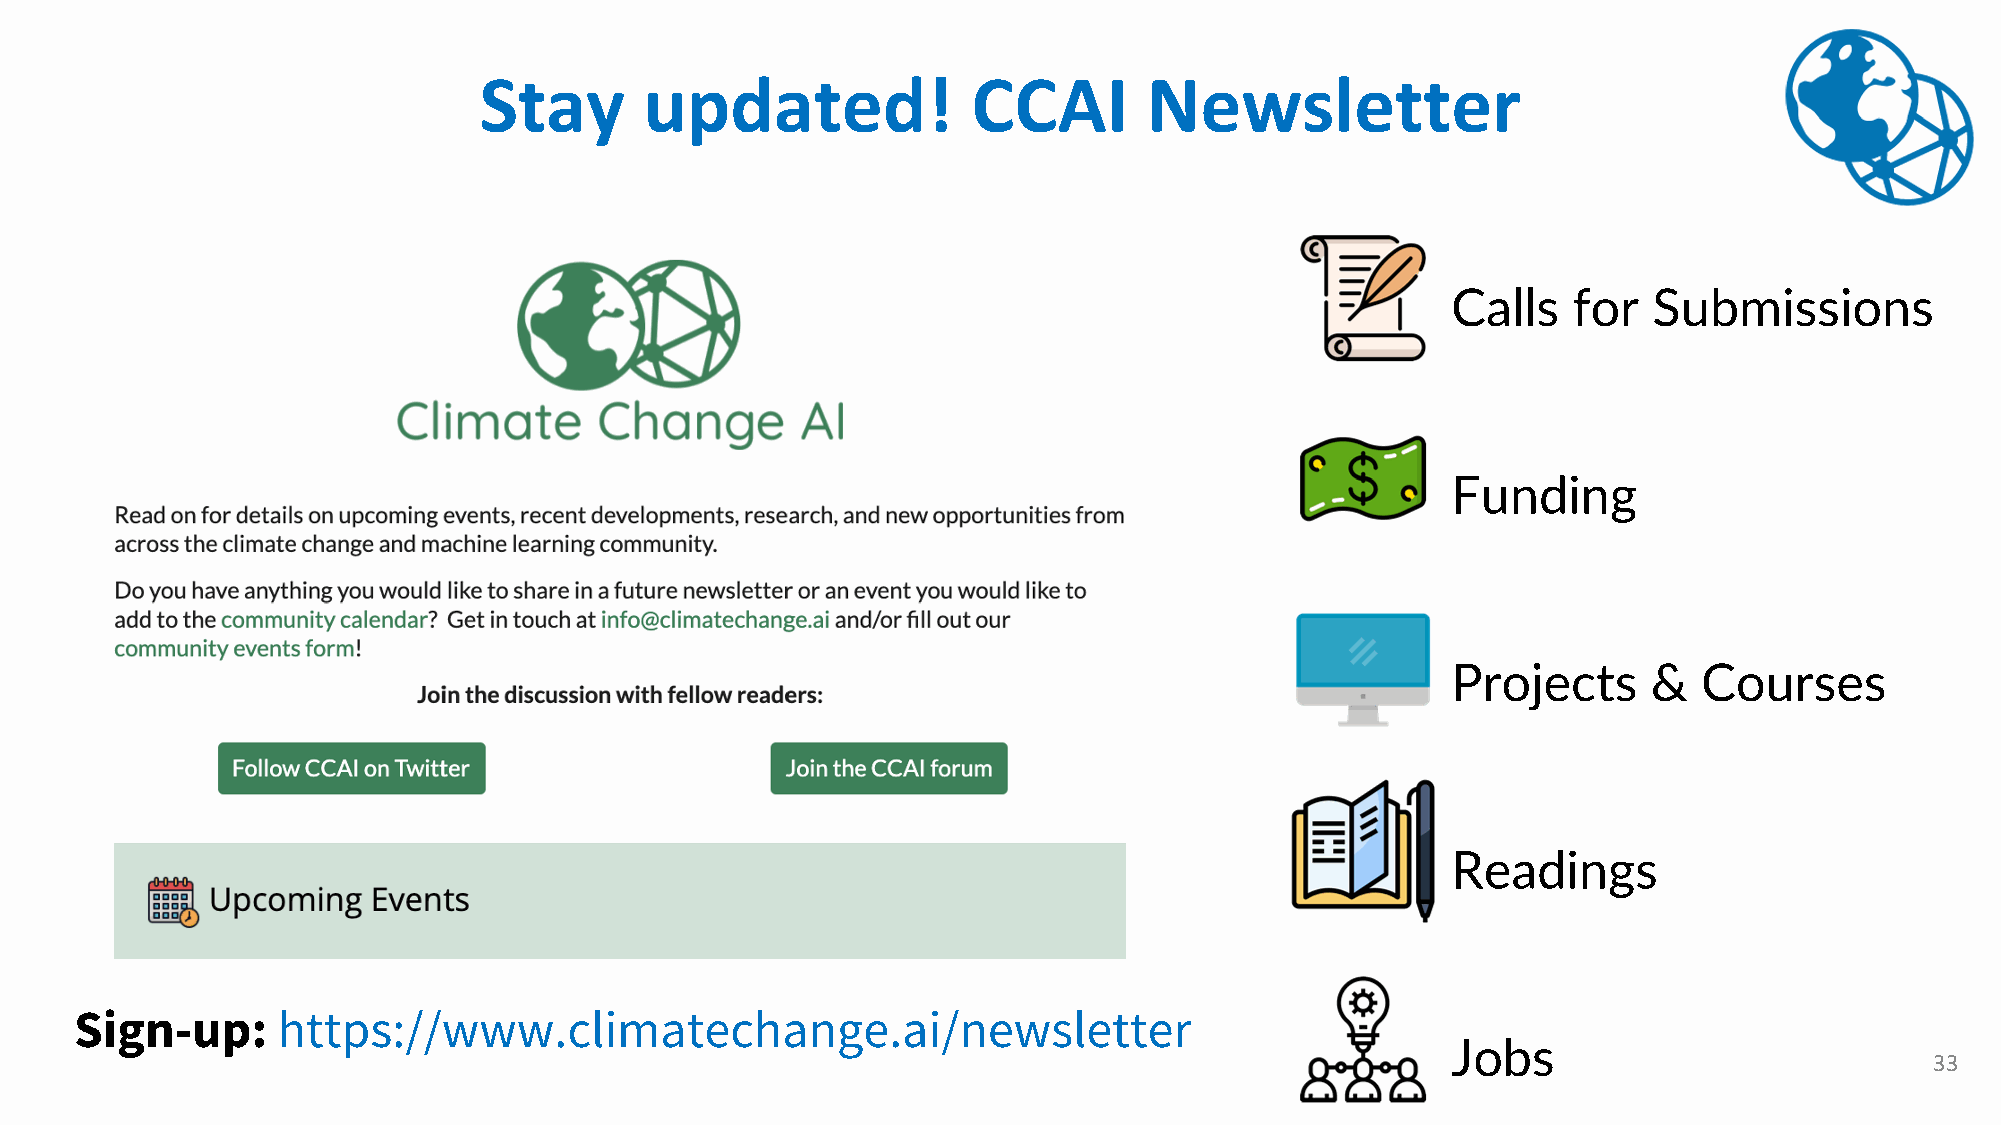
Stay       updated!             CCAI        Newsletter
 Calls   for  Submissions
 Funding
 Projects     &   Courses
 Readings
 Sign-up:     https://www.climatechange.ai/newsletter
 Jobs
 33